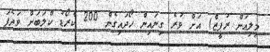
މިލިއަން ރުޕީޒް) އަށް ވުރެ ގިނައިން ހޯދައިގެން 200 ކްރޯޑު ކްލަބަށް ވަދެފަ